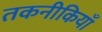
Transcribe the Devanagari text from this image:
तकनीकियाँ